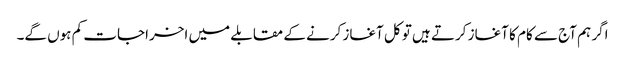
اگر ہم آج سے کام کا آغاز کرتے ہیں تو کل آغاز کرنے کے مقابلے میں اخراجات کم ہوں گے۔